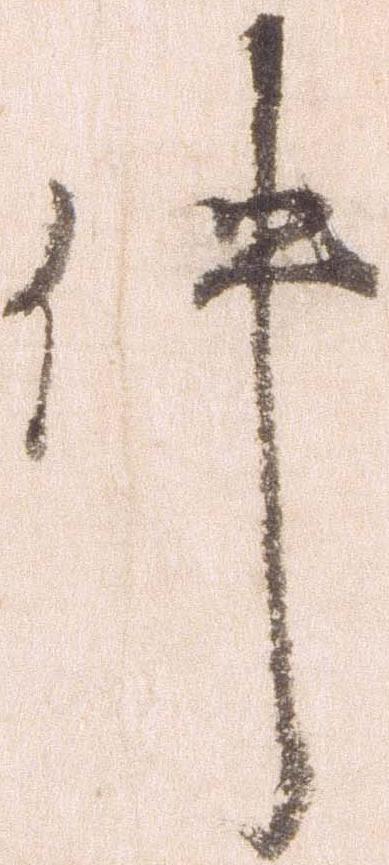
件